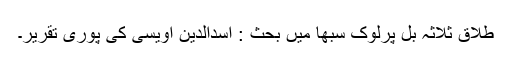
طلاق ثلاثہ بل پرلوک سبھا میں بحث : اسدالدین اویسی کی پوری تقریر۔